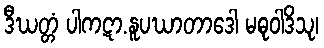
ဒီဃတ္တံ ပါကဋာ.နူပဃာတာဒေါ မဓုဝါဒိသု၊